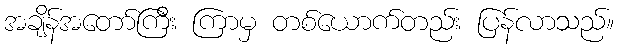
အချိန်အတော်ကြီး ကြာမှ တစ်ယောက်တည်း ပြန်လာသည်။